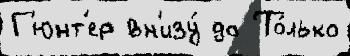
Г'юнт'ер вн'изу́ до То́лько